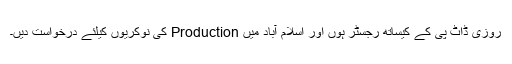
روزی ڈاٹ پی کے کیساتھ رجسٹر ہوں اور اسلام آباد میں Production کی نوکریوں کیلئے درخواست دیں۔